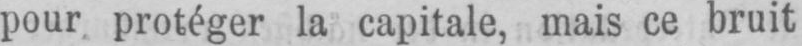
pour protéger la capitale, mais ce bruit